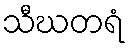
သီဃတရံ